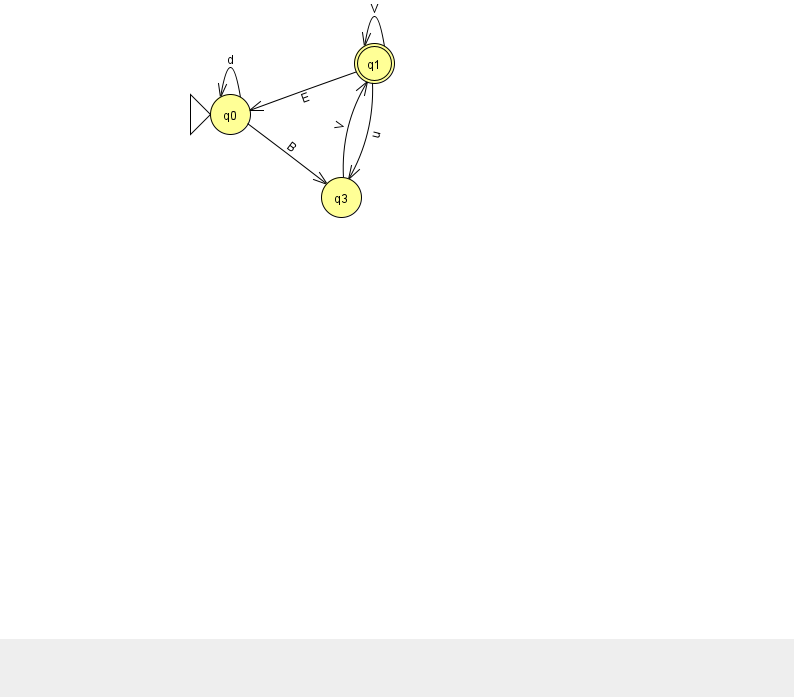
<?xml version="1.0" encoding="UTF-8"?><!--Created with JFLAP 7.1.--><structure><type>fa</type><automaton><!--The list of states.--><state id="0" name="q0"><x>230.0</x><y>101.0</y><initial/></state><state id="1" name="q1"><x>374.0</x><y>50.0</y><final/></state><state id="3" name="q3"><x>341.0</x><y>184.0</y></state><!--The list of transitions.--><transition><from>0</from><to>0</to><read>d</read></transition><transition><from>3</from><to>1</to><read>V</read></transition><transition><from>1</from><to>1</to><read>V</read></transition><transition><from>1</from><to>3</to><read>u</read></transition><transition><from>1</from><to>0</to><read>E</read></transition><transition><from>0</from><to>3</to><read>B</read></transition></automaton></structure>